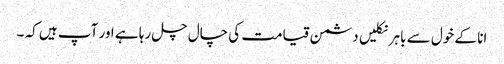
انا کے خول سے باہر نکلیں دشمن قیامت کی چال چل رہا ہے اور آپ ہیں کہ ۔